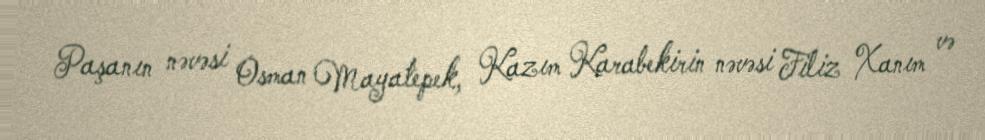
Paşanın nəvəsi Osman Mayatepek, Kazım Karabekirin nəvəsi Filiz Xanım və